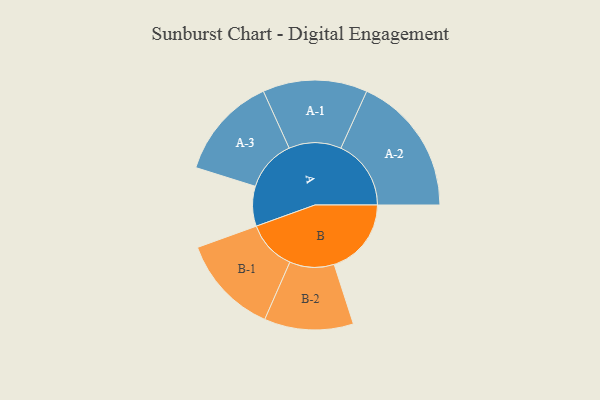
{"axis": {"x": "Segment", "y": "Value"}, "legend": ["", "A", "B"], "data": [{"x": "A", "y": 154, "type": ""}, {"x": "B", "y": 298, "type": ""}, {"x": "A-1", "y": 202, "type": "A"}, {"x": "A-2", "y": 271, "type": "A"}, {"x": "A-3", "y": 199, "type": "A"}, {"x": "B-1", "y": 192, "type": "B"}, {"x": "B-2", "y": 172, "type": "B"}]}